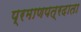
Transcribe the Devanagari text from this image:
प्रमाणपत्रदाता